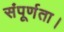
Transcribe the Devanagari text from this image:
संपूर्णता।